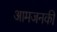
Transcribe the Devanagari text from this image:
आमजनकी